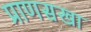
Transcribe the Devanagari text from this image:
प्राणसखा